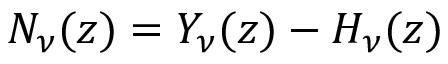
N _ { \nu } ( z ) = Y _ { \nu } ( z ) - H _ { \nu } ( z )